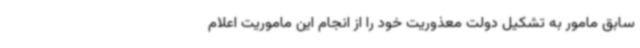
سابق مامور به تشکیل دولت معذوریت خود را از انجام این ماموریت اعلام